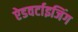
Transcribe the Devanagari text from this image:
ऐडवर्टाइजिंग